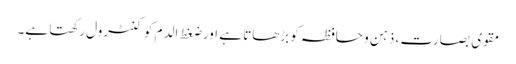
مقوی بصارت ، ذہن و حافظہ کو بڑھاتا ہے اور ضغط الدم کو کنٹرول رکھتا ہے۔